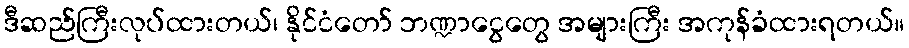
ဒီဆည်ကြီးလုပ်ထားတယ်၊ နိုင်ငံတော် ဘဏ္ဍာငွေတွေ အများကြီး အကုန်ခံထားရတယ်။